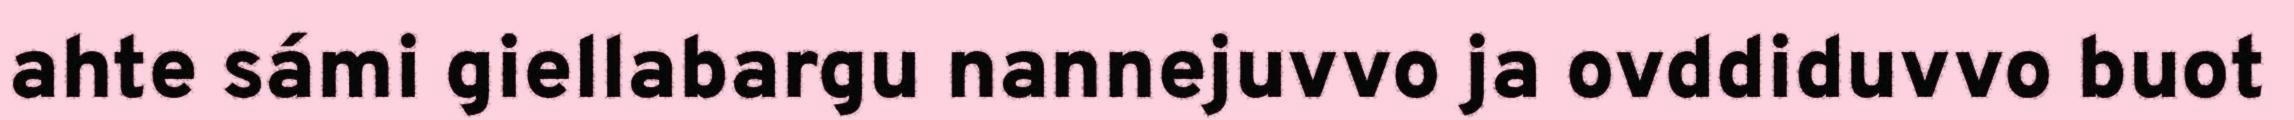
ahte sámi giellabargu nannejuvvo ja ovddiduvvo buot